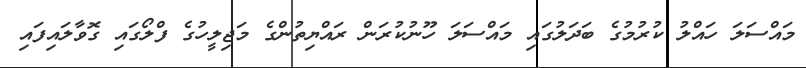
މައްސަލަ ހައްލު ކުރުމުގެ ބަދަލުގައި މައްސަލަ ހޫނުކުރަން ރައްޔިތުންގެ މަޖިލީހުގެ ފްލޯގައި ގޮވާލައިފައި